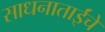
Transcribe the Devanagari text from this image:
साधनाताईंचे